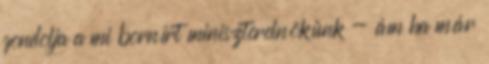
gondolja a mi bornírt miniszterelnökünk - ám ha már